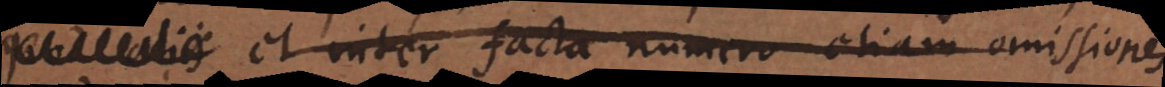
aliis et inter facta numero etiam omissiones,